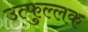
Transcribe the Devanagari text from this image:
उत्‍फुल्‍लक